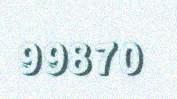
99870